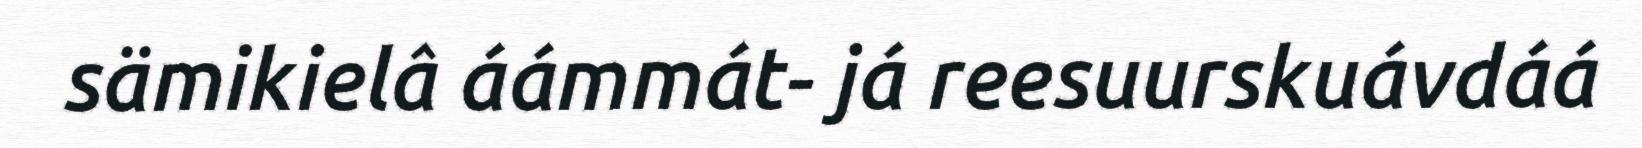
sämikielâ áámmát- já reesuurskuávdáá